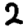
Digit: 2